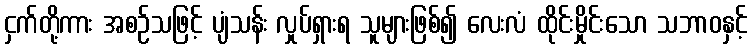
ငှက်တို့ကား အစဉ်သဖြင့် ပျံသန်း လှုပ်ရှားရ သူများဖြစ်၍ လေးလံ ထိုင်းမှိုင်းသော သဘာဝနှင့်